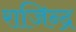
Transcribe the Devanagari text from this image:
राजिन्द्र